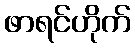
ဖာရင်ဟိုက်